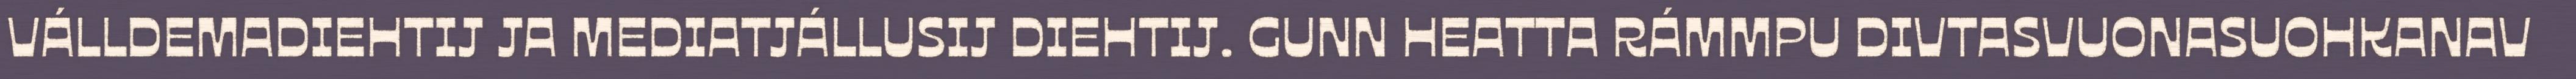
VÁLLDEMADIEHTIJ JA MEDIATJÁLLUSIJ DIEHTIJ. GUNN HEATTA RÁMMPU DIVTASVUONASUOHKANAV